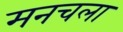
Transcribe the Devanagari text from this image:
मनचला